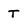
Character: T